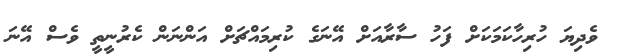
ވެދިޔަ ހުރިހާކަމަކަށް ފަހު ސާރާއަށް އޭނަގެ ކުރިމައްޗަށް އަންނަން ކެރުނީތީ ވެސް އޭނަ